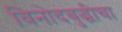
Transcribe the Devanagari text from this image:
विनोदबुद्धीचा